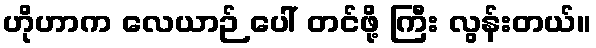
ဟိုဟာက လေယာဉ် ပေါ် တင်ဖို့ ကြီး လွန်းတယ်။